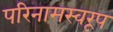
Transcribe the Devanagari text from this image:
परिनामस्वरूप